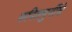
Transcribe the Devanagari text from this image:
कपिलमुनींचे